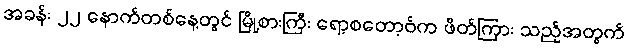
အခန်း ၂၂ နောက်တစ်နေ့တွင် မြို့စားကြီး ရော့စတော့ဗ်က ဖိတ်ကြား သည့်အတွက်